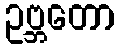
ဥဗ္ဘတော